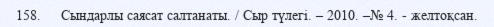
158.     Сындарлы саясат салтанаты. / Сыр түлегі. – 2010. –№ 4. - желтоқсан.